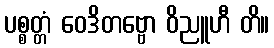
ပစ္စတ္တံ ဝေဒိတဗ္ဗော ဝိညူဟီ တိ။